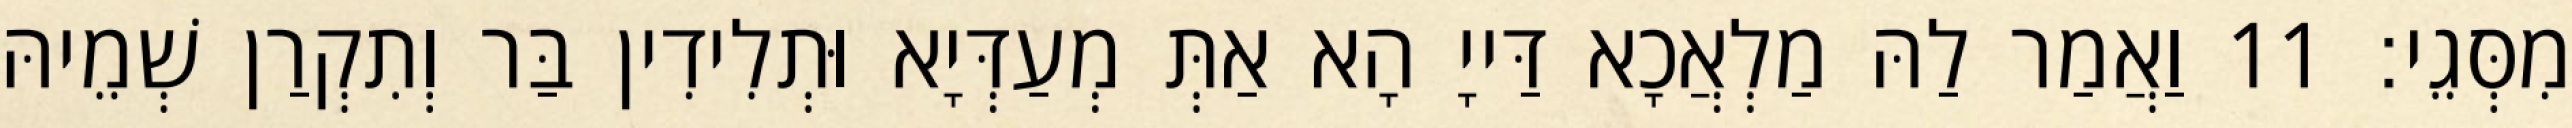
מִסְּגֵי׃ 11 וַאֲמַר לַהּ מַלְאֲכָא דַּייָ הָא אַתְּ מְעַדְּיָא וּתְלִידִין בַּר וְתִקְרַן שְׁמֵיהּ